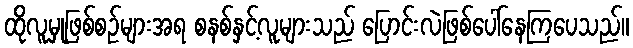
ထိုလူမှုဖြစ်စဉ်များအရ စနစ်နှင့်လူများသည် ပြောင်းလဲဖြစ်ပေါ်နေကြပေသည်။